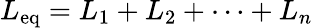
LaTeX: L_{\mathrm{eq}}=L_{1}+L_{2}+\cdots+L_{n}\,